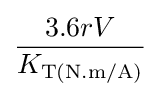
{\frac {3.6rV}{K_{\text{T(N.m/A)}}}}